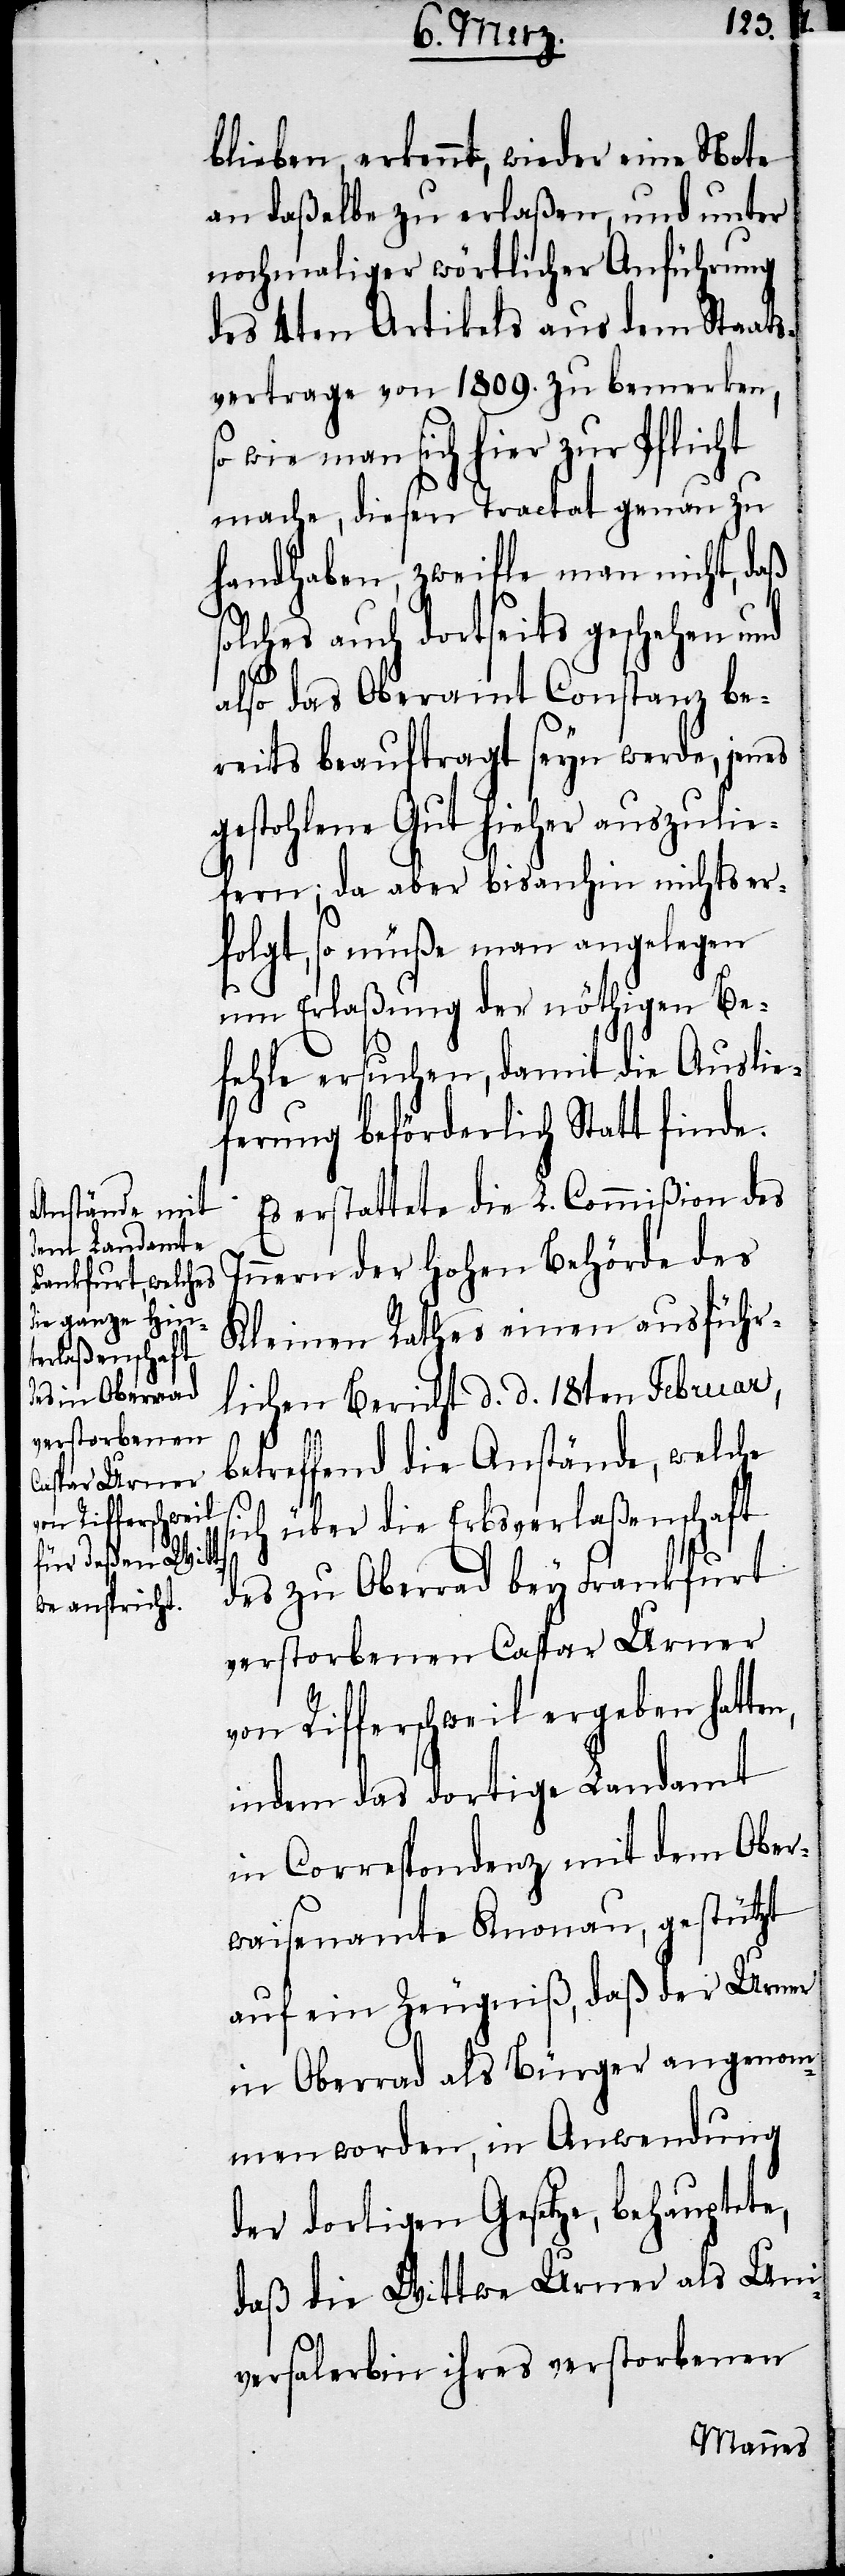
blieben, erkennt, wieder eine Note
an daßelbe zu erlaßen, und unter
nochmaliger wörtlicher Anführung
des 43ten Artikels aus dem Staats¬
vertrage von 1809. zu bemerken,
so wie man sich hier zur Pflicht
mache, diesen Tractat genau zu
handhaben, zweifle man nicht, daß
lches auch dortseits geschehen und
also das Oberamt Constanz be¬
reits beauftragt seyn werde, jenes
gestohlene Gut hieher auszulie¬
fern; da aber bisanhin nichts er¬
folgt, so müße man angelegen
um Erlaßung der nöthigen Be¬
fehle ersuchen, damit die Auslie¬
ferung beförderlich Statt finde.
Es erstattete die L. Commißion des
Innern der Hohen Behörde des
Kleinen Rathes einen ausführ¬
lichen Bericht d. d. 18ten Februar,
betreffend die Anstände, welche
s¬
ich über die Erbsverlaßenschaft
des zu Oberrad bey Frankfurt
verstorbenen Caspar Urner
von Rifferschweil ergeben hatten,
indem das dortige Landamt
in Correspondenz mit dem Ober¬
waisenamte Knonau, gestützt
auf ein Zeugniß, daß der Urner
in Oberrad als Bürger angenom¬
men worden, in Anwendung
der dortigen Gesetze, behauptete,
daß die Wittwe Urner als Uni¬
versalerbin ihres verstorbenen